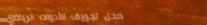
محل تجويف الأدوات الرياضي